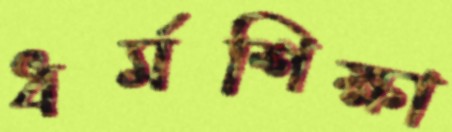
ধর্মশিক্ষা